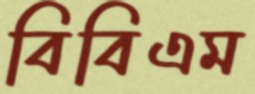
বিবিএম